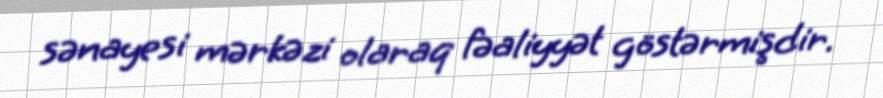
sənayesi mərkəzi olaraq fəaliyyət göstərmişdir.